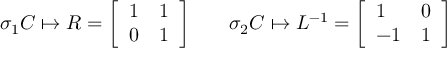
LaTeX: \sigma _ { 1 } C \mapsto R = { \left[ \begin{array} { l l } { 1 } & { 1 } \\ { 0 } & { 1 } \end{array} \right] } \qquad \sigma _ { 2 } C \mapsto L ^ { - 1 } = { \left[ \begin{array} { l l } { 1 } & { 0 } \\ { - 1 } & { 1 } \end{array} \right] }